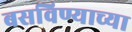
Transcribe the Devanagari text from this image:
बसविण्याच्या